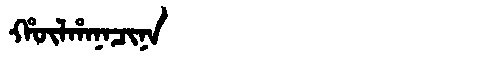
Manchu: ᡥᡡᠯᡥᠠᠨᠠᠴᡳᠨᠠ
Romanization: HŪLHANACINA